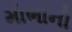
મોભાની